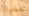
خطيئة